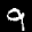
Label: 9